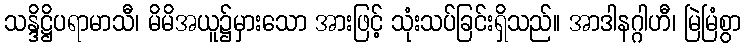
သန္ဒိဋ္ဌိပရာမာသီ၊ မိမိအယူ၌မှားသော အားဖြင့် သုံးသပ်ခြင်းရှိသည်။ အာဒါနဂ္ဂါဟီ၊ မြဲမြံစွာ